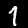
Digit: 1